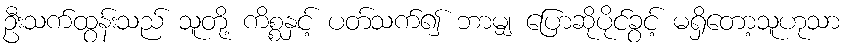
ဦးသက်ထွန်းသည် သူတို့ ကိစ္စနှင့် ပတ်သက်၍ ဘာမျှ ပြောဆိုပိုင်ခွင့် မရှိတော့သူဟုသာ